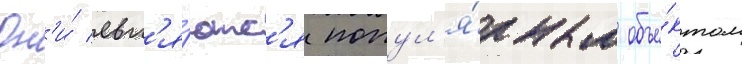
Он'и́ явл'я́ютс'я попул'я́рным объе́ктом